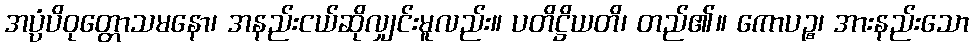
အပ္ပံပိဝုတ္တောသမနော၊ အနည်းငယ်ဆိုလျှင်းမူလည်း။ ပတိဋ္ဌိယတိ၊ တည်၏။ ကောပဉ္စ၊ အားနည်းသော